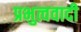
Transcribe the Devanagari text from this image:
प्रभुत्ववादी